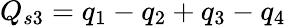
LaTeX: Q_{s3}=q_{1}-q_{2}+q_{3}-q_{4}